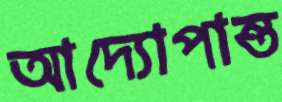
আদ্যোপান্ত